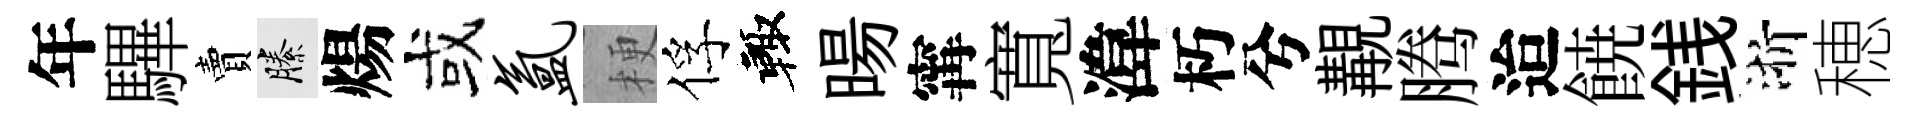
年驆賣縢煬或氲梗俘輙暘𡩋寬湋朽兮覯腾迨𩜙銭浙穂